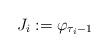
LaTeX: \begin{align*}J_i:= \varphi_{\tau_i -1}\end{align*}